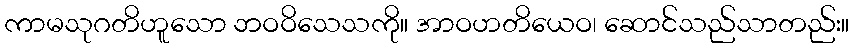
ကာမသုဂတိဟူသော ဘဝဝိသေသကို။ အာဝဟတိယေဝ၊ ဆောင်သည်သာတည်း။